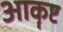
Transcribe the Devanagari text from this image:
आकॄष्ट